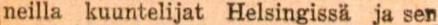
neilla kuuntelijat Helsingissä ja sen